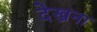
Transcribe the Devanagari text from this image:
देख्रना